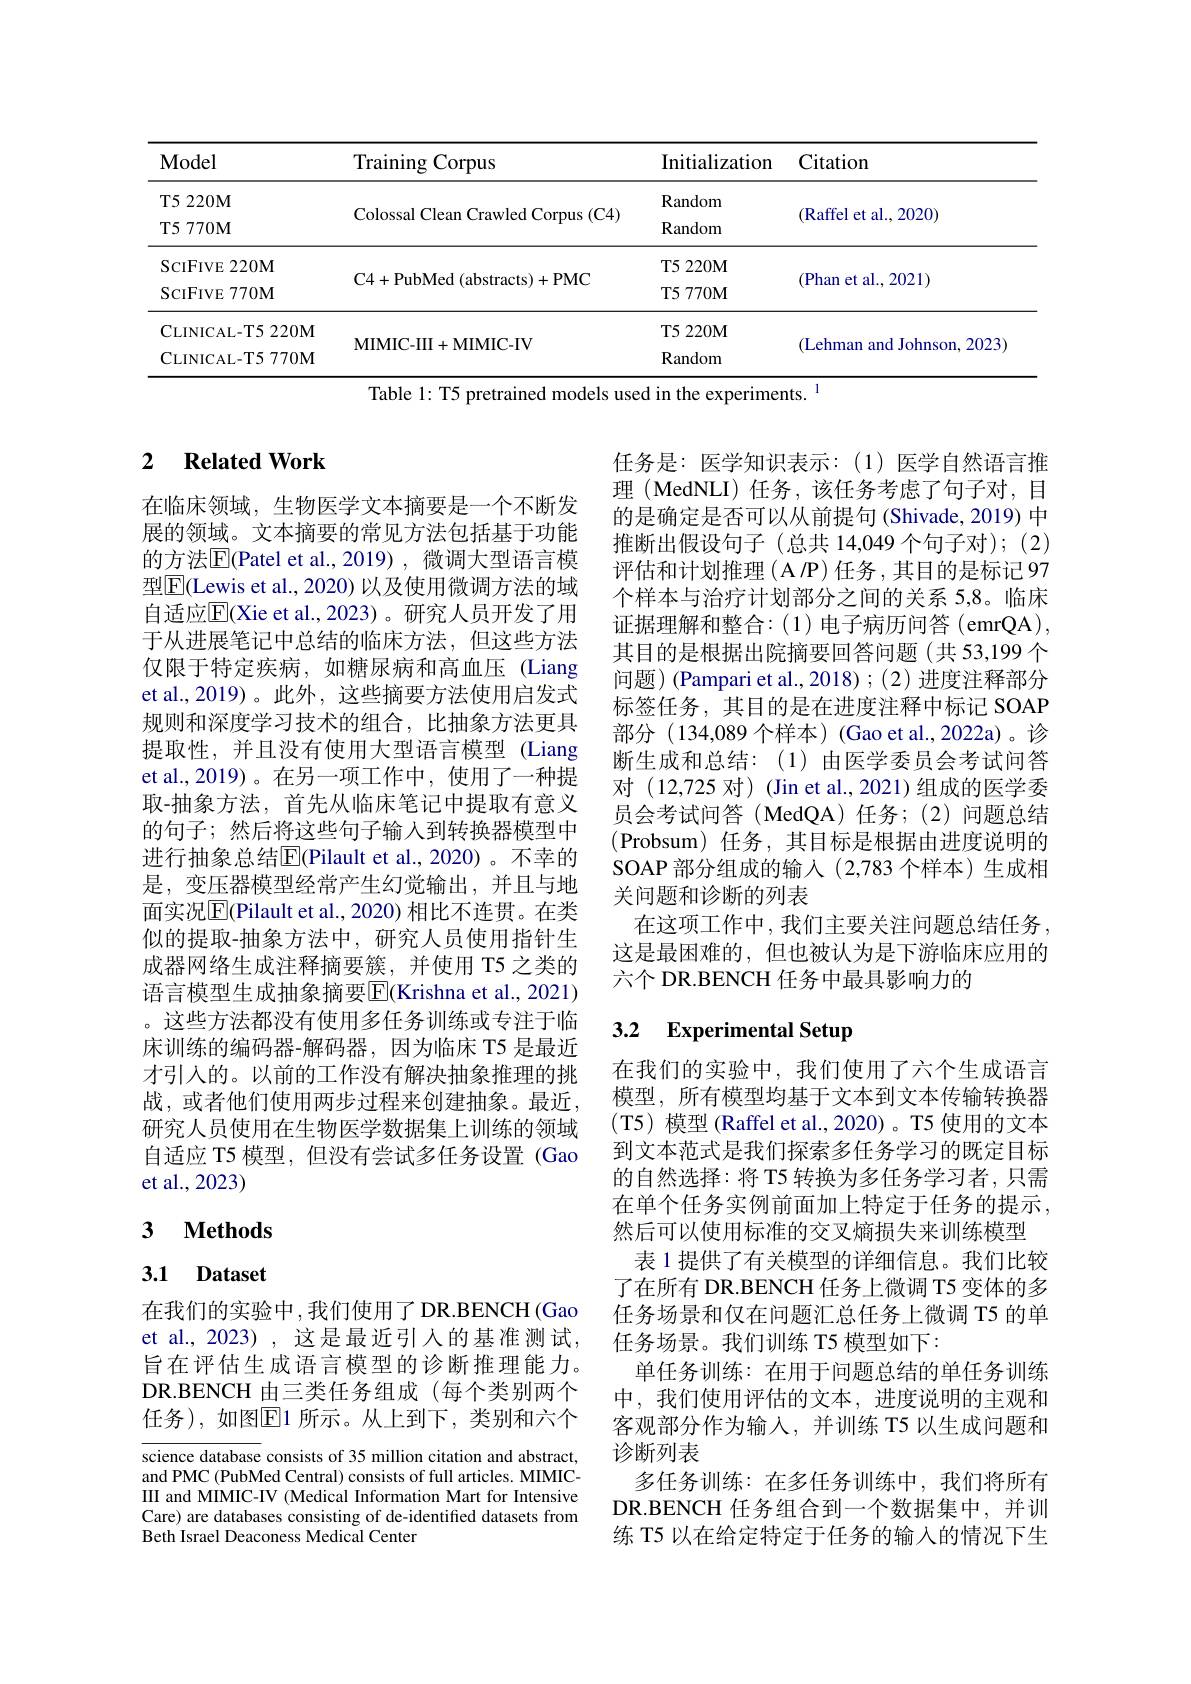
<table>
	<tbody>
		<tr>
			<th>$\mathbf{Model}$</th>
			<th>Training Corpus</th>
			<th>Initialization</th>
			<th>Citation</th>
		</tr>
		<tr>
			<td>T5 220M T5 770M</td>
			<td>Colossal Clean Crawled Corpus (C4)</td>
			<td>Random Random</td>
			<td>(Raffel et al., 2020)</td>
		</tr>
		<tr>
			<td>${\mathrm{SCIFIVE~220M}}$ SCIFIVE770M</td>
			<td>C4+ PubMed ( abstracts) + PMC</td>
			<td>T5 220M T5 770M</td>
			<td>(Phan et al., 2021)</td>
		</tr>
		<tr>
			<td>ScIFIVE 220M</td>
			<td> </td>
			<td>T5 220M</td>
			<td> </td>
		</tr>
		<tr>
			<td>ScIFIVE 770M</td>
			<td> </td>
			<td>T5 770M</td>
			<td>$({\mathrm{Pman~et~al.,~2021}})$</td>
		</tr>
		<tr>
			<td>$\mathbf{C}$LINICAL-T5220M $\mathbf{C}$LINICAL-T5770M</td>
			<td rowspan="3">MIMIC- III+MIMIC- IV</td>
			<td>T5 220M Random</td>
			<td rowspan="3">(Lehman and Johnson, 2023</td>
		</tr>
		<tr>
			<td>$\mathbf{C}$LINICAL-T5220M</td>
			<td>T5 220M</td>
		</tr>
		<tr>
			<td>CLINICAL- T5 $770\mathbf{M}$</td>
			<td>Random</td>
		</tr>
	</tbody>
</table>
Table 1: T5 pretrained models used in the experiments. $^{1}$

## 2 $\textbf{Related Work}$

在临床领域，生物医学文本摘要是一个不断发展的领域。文本摘要的常见方法包括基于功能的方法$\overline{\mathrm{E}}($Patel et al.,2019),微调大型语言模型$\boxed{\mathrm{F}}($Lewis et al., 2020) 以及使用微调方法的域自适应$\overline{\mathrm{E}}($Xie et al.,2023)。研究人员开发了用于从进展笔记中总结的临床方法，但这些方法仅限于特定疾病，如糖尿病和高血压 (Liang et al., 2019)。此外，这些摘要方法使用启发式规则和深度学习技术的组合，比抽象方法更具提取性，并且没有使用大型语言模型 (Liang et al.,2019)。在另一项工作中，使用了一种提取-抽象方法，首先从临床笔记中提取有意义的句子；然后将这些句子输入到转换器模型中进行抽象总结$\overline{\mathrm{E}}($Pilault et al.,2020)。不幸的是，变压器模型经常产生幻觉输出，并且与地面实况$\overline{\mathrm{E}}($Pilault et al., 2020) 相比不连贯。在类似的提取-抽象方法中，研究人员使用指针生成器网络生成注释摘要簇，并使用 T5 之类的语言模型生成抽象摘要|E(Krishna et al., 2021) 。这些方法都没有使用多任务训练或专注于临床训练的编码器-解码器，因为临床 T5 是最近才引入的。以前的工作没有解决抽象推理的挑战，或者他们使用两步过程来创建抽象。最近， 研究人员使用在生物医学数据集上训练的领域自适应 T5 模型，但没有尝试多任务设置 (Gao et al.,2023)

### $\textbf{3}$ $\textbf{Methods}$

## 3.1 Dataset

在我们的实验中，我们使用了DR.BENCH(Gao et al., 2023) , 这是最近引入的基准测试， 旨在评估生成语言模型的诊断推理能力。DR.BENCH 由三类任务组成(每个类别两个任务),如图$\overline{\mathrm{E}}$1 所示。从上到下，类别和六个

science database consists of 35 million citation and abstract, and PMC (PubMed Central) consists of full articles. MIMICII and MIMIC-IV (Medical Information Mart for Intensive Care) are databases consisting of de-identified datasets from Beth Israel Deaconess Medical Center

任务是：医学知识表示：(1)医学自然语言推理 (MedNLI) 任务，该任务考虑了句子对，目的是确定是否可以从前提句 (Shivade, 2019) 中推断出假设句子(总共 14,049个句子对);(2) 评估和计划推理(A/P)任务，其目的是标记97个样本与治疗计划部分之间的关系 5,8。临床证据理解和整合：(1)电子病历问答(emrQA), 其目的是根据出院摘要回答问题(共 53,199个问题)(Pampari et al., 2018); (2) 进度注释部分标签任务，其目的是在进度注释中标记 SOAP 部分(134,089 个样本)(Gao et al.,2022a)。诊断生成和总结：(1)由医学委员会考试问答对(12,725 对)(Jin et al., 2021) 组成的医学委员会考试问答(MedQA)任务；(2)问题总结(Probsum) 任务，其目标是根据由进度说明的SOAP 部分组成的输入(2,783 个样本)生成相关问题和诊断的列表
在这项工作中，我们主要关注问题总结任务这是最困难的，但也被认为是下游临床应用的六个 DR.BENCH 任务中最具影响力的

### 3.2 $\textbf{Experimental Setup}$

在我们的实验中，我们使用了六个生成语言模型，所有模型均基于文本到文本传输转换器(T5) 模型 (Raffel et al., 2020) 。T5 使用的文本到文本范式是我们探索多任务学习的既定目标的自然选择：将 T5 转换为多任务学习者，只需在单个任务实例前面加上特定于任务的提示， 然后可以使用标准的交叉熵损失来训练模型
表 1 提供了有关模型的详细信息。我们比较了在所有 DR.BENCH 任务上微调 T5 变体的多任务场景和仅在问题汇总任务上微调 T5 的单任务场景。我们训练 T5 模型如下
单任务训练：在用于问题总结的单任务训练中，我们使用评估的文本，进度说明的主观和客观部分作为输入，并训练 T5 以生成问题和诊断列表
多任务训练：在多任务训练中，我们将所有DR.BENCH 任务组合到一个数据集中，并训练 T5 以在给定特定于任务的输入的情况下生